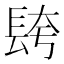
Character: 𮣼